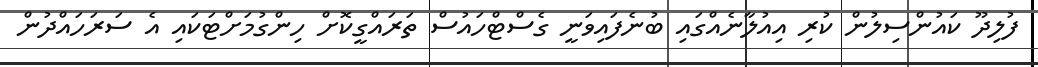
ފުލިދޫ ކައުންސިލުން ކުރި އިއުލާނެއްގައި ބުނެފައިވަނީ ގެސްޓްހައުސް ތަރައްގީކޮށް ހިންގުމަށްޓަކައި އެ ސަރަހައްދުން